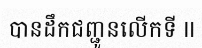
បានដឹកជញ្ជូនលើកទី II